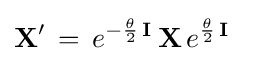
{\textbf {X}}'\,=\,e^{-{\frac {\theta }{2}}\,{\textbf {I}}}\,{\textbf {X}}\,e^{{\frac {\theta }{2}}\,{\textbf {I}}}\quad